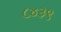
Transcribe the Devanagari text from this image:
८४३९